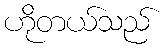
ဟိုတယ်သည်